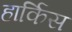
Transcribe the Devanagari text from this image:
हार्किस